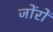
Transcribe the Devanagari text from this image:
जोंरों